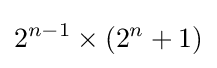
2^{n-1}\times (2^{n}+1)